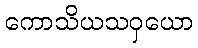
ကောသိယသဝှယော